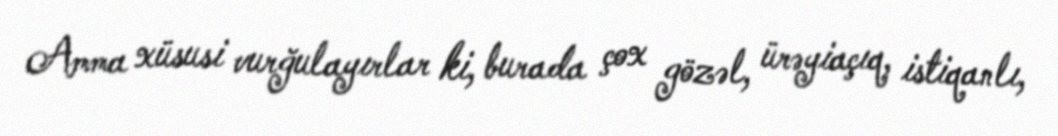
Amma xüsusi vurğulayırlar ki, burada çox gözəl, ürəyiaçıq, istiqanlı,